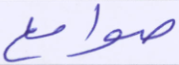
صوامع